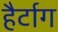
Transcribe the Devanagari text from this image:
हैर्टाग